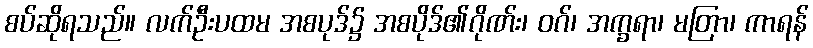
စပ်ဆိုရသည်။ လက်ဦးပထမ အစပုဒ်၌ အစပိုဒ်၏ဂိုဏ်း၊ ဝဂ်၊ အက္ခရာ၊ မတြာ၊ ကာရန်